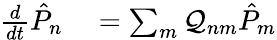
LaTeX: \begin{array}{rl}{\frac{d}{dt}\hat{P}_{n}}&{{}=\sum_{m}\mathcal{Q}_{nm}\hat{P}_{m}}\end{array}